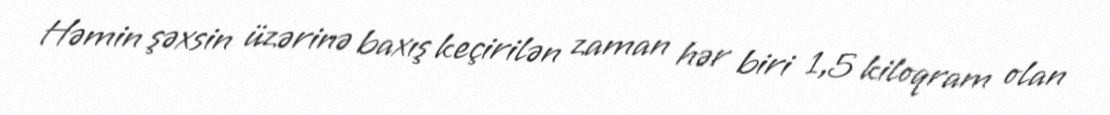
Həmin şəxsin üzərinə baxış keçirilən zaman hər biri 1,5 kiloqram olan